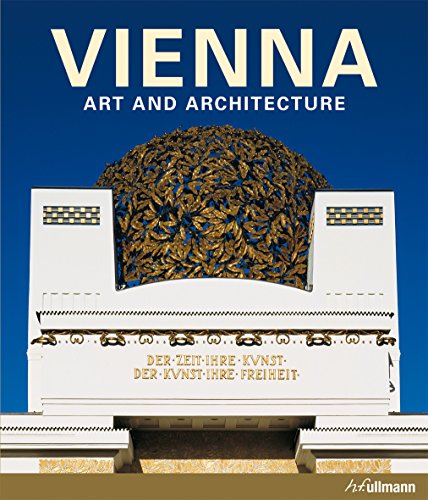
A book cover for Vienna: Art and Architecture; Achim Bednorz; Arts & Photography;